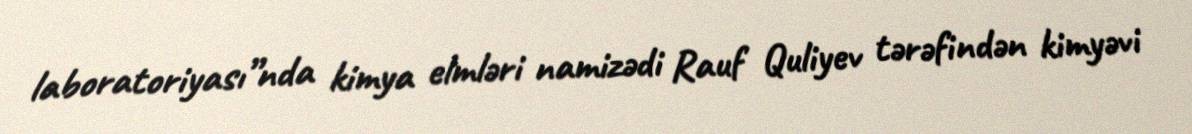
laboratoriyası”nda kimya elmləri namizədi Rauf Quliyev tərəfindən kimyəvi